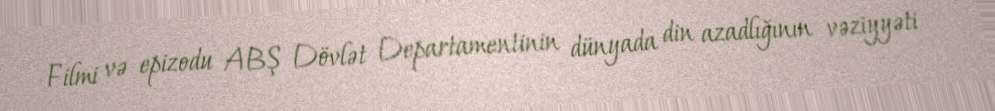
Filmi və epizodu ABŞ Dövlət Departamentinin dünyada din azadlığının vəziyyəti